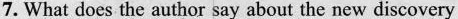
7. What does the author say about the new discovery